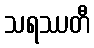
သရဿတီ